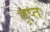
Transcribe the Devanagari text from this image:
तृप्‍त